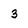
Character: 3